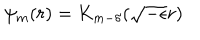
\psi _ { m } ( r ) = K _ { m - \delta } ( \sqrt { - \epsilon } r ) \,